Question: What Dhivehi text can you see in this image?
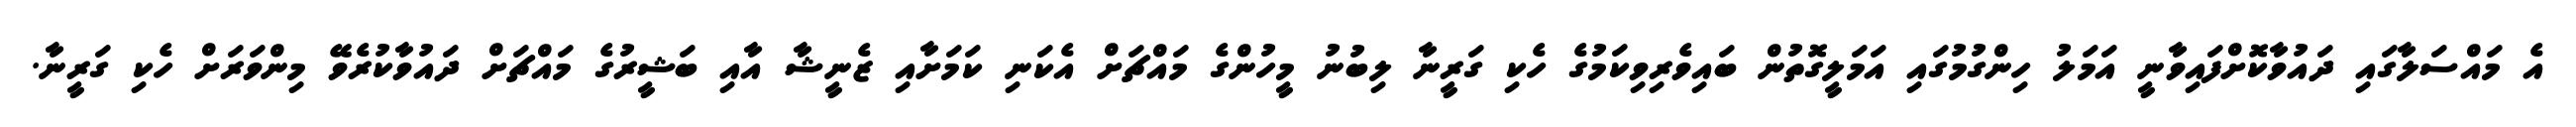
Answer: އެ މައްސަލާގައި ދައުވާކޮށްފައިވާނީ އަމަލު ހިންގުމުގައި އަމަލީގޮތުން ބައިވެރިވިކަމުގެ ހެކި ގަރީނާ ލިބުނު މީހުންގެ މައްޗަށް އެކަނި ކަމަށާއި ޒެނީޝާ އާއި ބަޝީރުގެ މައްޗަށް ދައުވާކުރެވޭ މިންވަރަށް ހެކި ގަރީނާ.